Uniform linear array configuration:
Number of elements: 24
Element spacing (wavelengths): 0.25
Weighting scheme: uniform
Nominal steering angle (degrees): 45
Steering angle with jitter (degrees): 44.79
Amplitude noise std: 0.05
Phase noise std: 0.05

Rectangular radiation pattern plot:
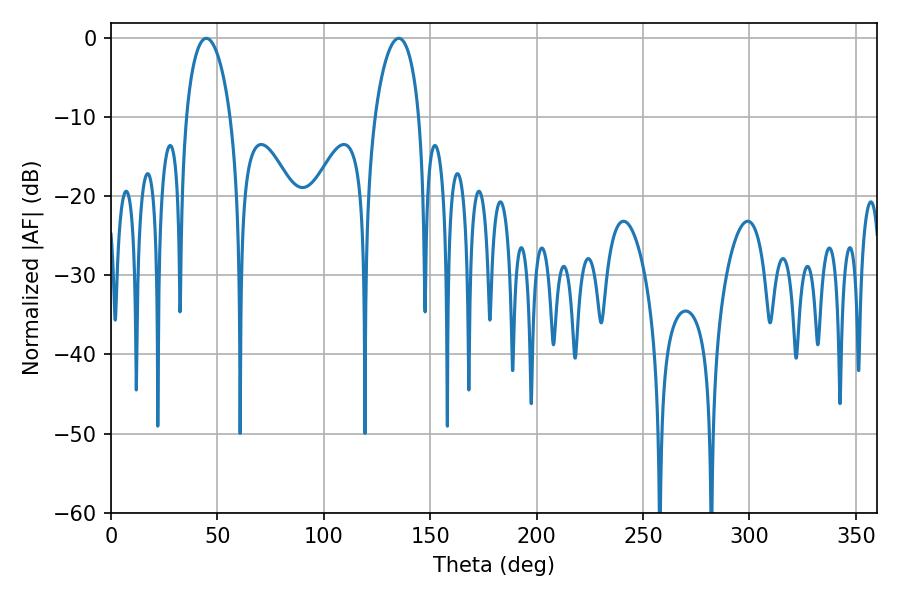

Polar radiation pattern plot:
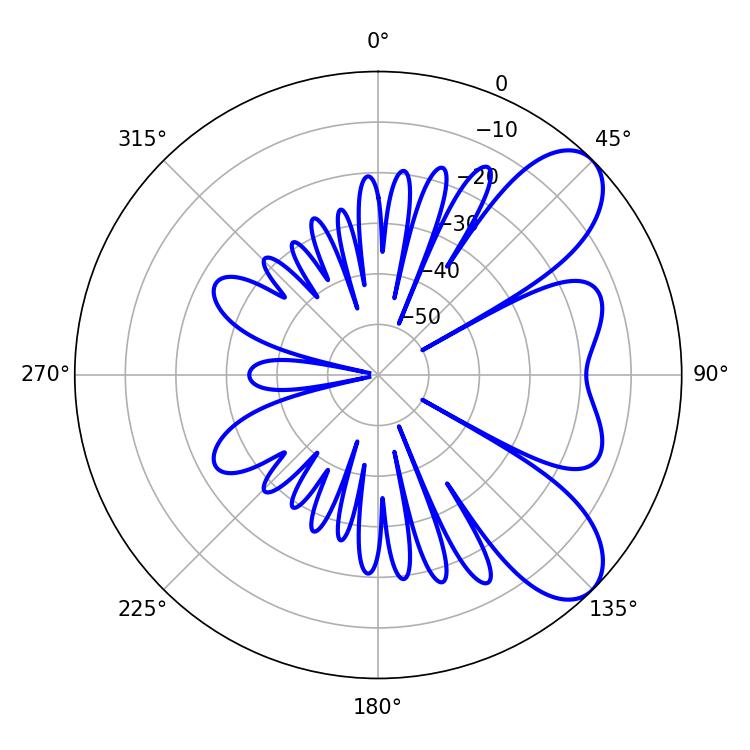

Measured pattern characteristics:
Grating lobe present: FALSE
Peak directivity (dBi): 7.775
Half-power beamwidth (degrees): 11.88
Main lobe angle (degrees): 44.82